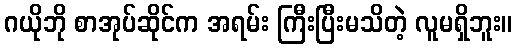
ဂယိုဘို စာအုပ်ဆိုင်က အရမ်း ကြီးပြီးမသိတဲ့ လူမရှိဘူး။